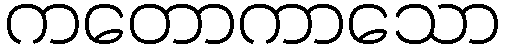
ကတောကာသော